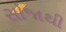
સોજાથી